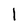
Character: l